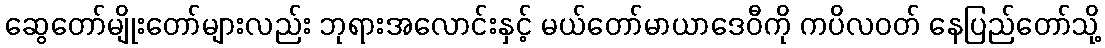
ဆွေတော်မျိုးတော်များလည်း ဘုရားအလောင်းနှင့် မယ်တော်မာယာဒေဝီကို ကပိလဝတ် နေပြည်တော်သို့